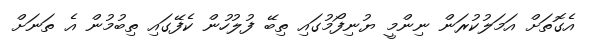
އެގޮތަށް އަމަލުކުރަން ނިންމީ ޔުނިފޯމުގައި ތިބޭ ފުލުހުން ކެފޭގައި ތިބުމުން އެ ތަނަށް